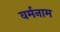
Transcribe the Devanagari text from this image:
वर्मनाम